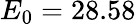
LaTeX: E_{0}=28.58